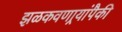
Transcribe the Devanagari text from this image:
झळकवणार्‍यांपैकी